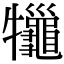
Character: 𤜓